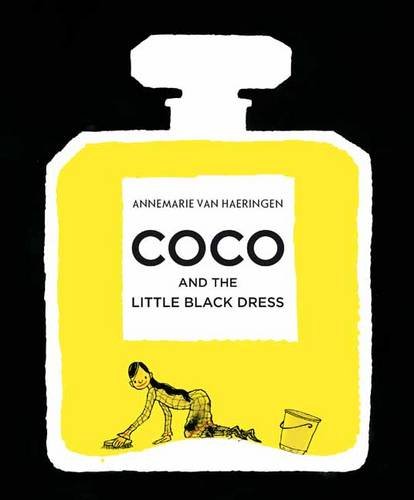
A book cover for Coco and the Little Black Dress; Annmarie Van Haeringen; Children's Books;